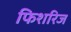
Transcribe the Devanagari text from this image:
फिशरिज